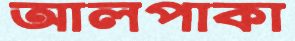
আলপাকা